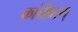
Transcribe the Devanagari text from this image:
कांचीवरम्